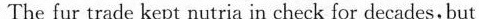
The fur trade kept nutria in check for decades,but